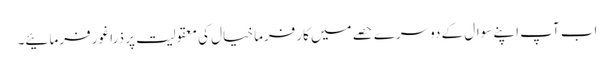
اب آپ اپنے سوال کے دوسرے حصے میں کارفرما خیال کی معقولیت پر ذرا غور فرمائیے۔